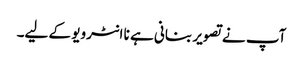
آپ نے تصویر بنانی ہے نا انٹرویو کے لیے۔